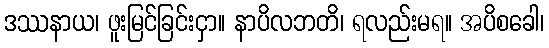
ဒဿနာယ၊ ဖူးမြင်ခြင်းငှာ။ နာပိလဘတိ၊ ရလည်းမရ။ အပိစခေါ၊